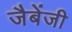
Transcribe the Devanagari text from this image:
जैबेंजी